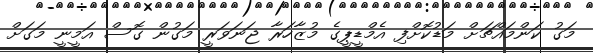
މަގު ކަންމައްޗަށް މަޑުކޮށްފި އެމްޑީޕީގެ މުޒާހަރާ ޖަނަވަރީ މަގުން ގޮސް އަމީނީ މަގަށް